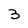
Character: 3